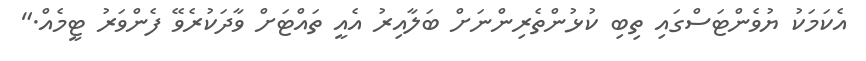
އެކަމަކު ޔުވެންޓަސްގައި ތިބި ކުޅުންތެރިންނަށް ބަލާއިރު އެއީ ތައްޓަށް ވާދަކުރެވޭ ފެންވަރު ޓީމެއް."